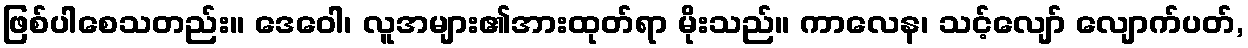
ဖြစ်ပါစေသတည်း။ ဒေဝေါ၊ လူအများ၏အားထုတ်ရာ မိုးသည်။ ကာလေန၊ သင့်လျော် လျောက်ပတ်,